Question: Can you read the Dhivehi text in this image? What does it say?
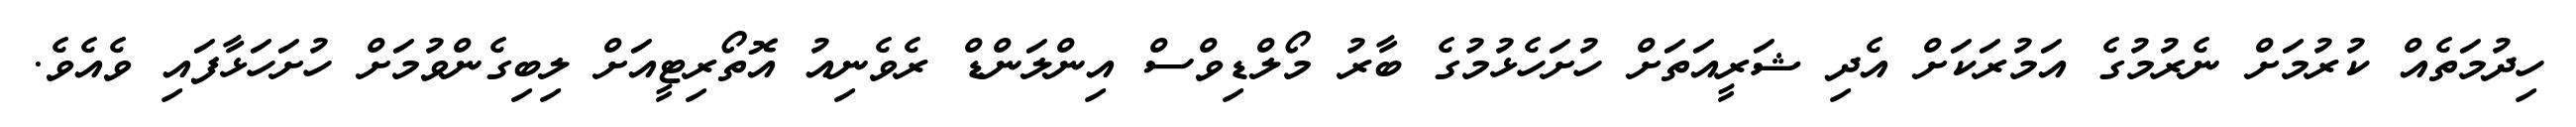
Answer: ހިދުމަތެއް ކުރުމަށް ނެރުމުގެ އަމުރަކަށް އެދި ޝަރީއަތަށް ހުށަހެޅުމުގެ ބާރު މޯލްޑިވްސް އިންލަންޑް ރެވެނިއު އޮތޯރިޓީއަށް ލިބިގެންވުމަށް ހުށަހަޅާފައި ވެއެވެ.